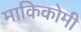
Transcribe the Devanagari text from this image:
माकिकोमी